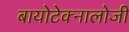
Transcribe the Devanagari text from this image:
बायोटेक्नालोजी